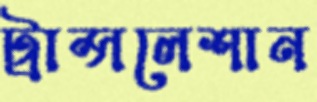
ট্রান্সলেশান